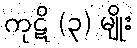
ကုဋိ (၃) မျိုး